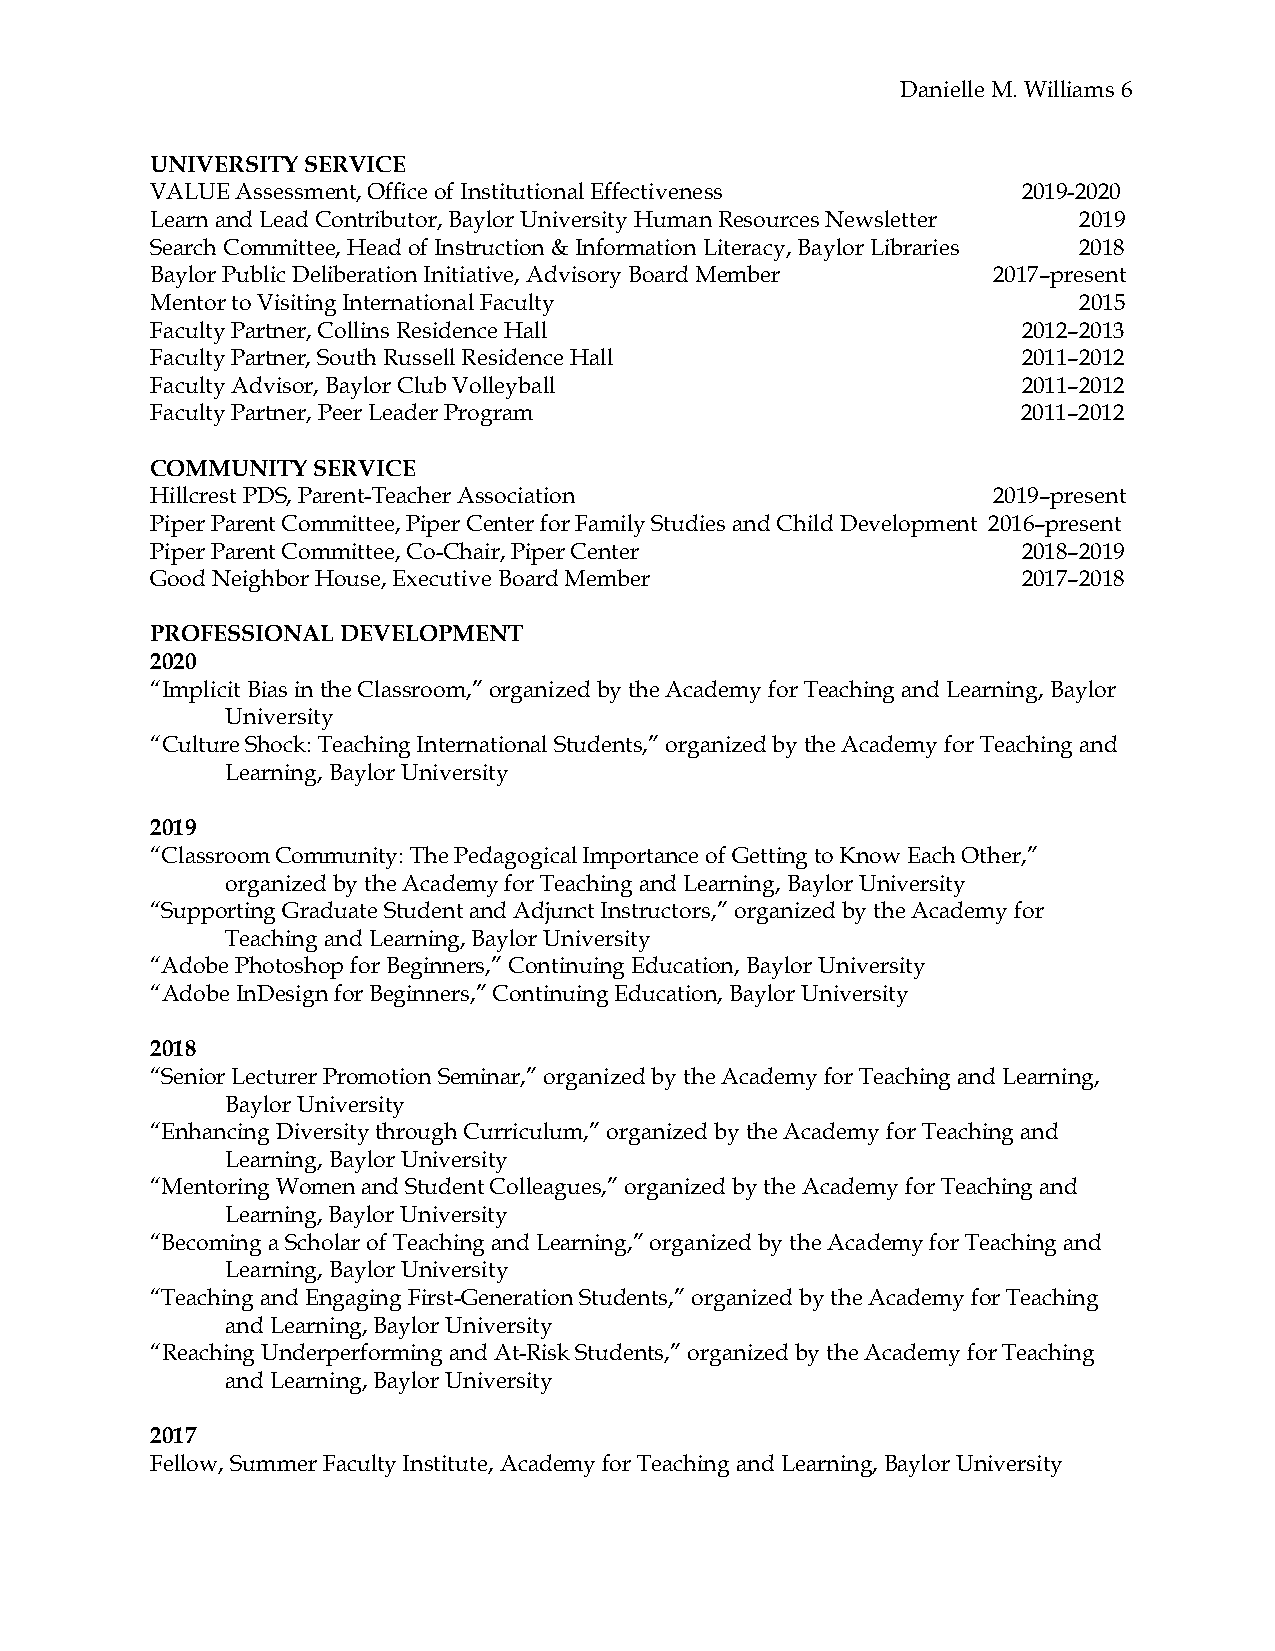
Danielle M. Williams 6
 UNIVERSITY SERVICE
 VALUE Assessment, Office of Institutional Effectiveness   2019-2020
 Learn and Lead Contributor, Baylor University Human Resources Newsletter 2019
 Search Committee, Head of Instruction & Information Literacy, Baylor Libraries 2018
 Baylor Public Deliberation Initiative, Advisory Board Member 2017–present
 Mentor to Visiting International Faculty                     2015
 Faculty Partner, Collins Residence Hall                   2012–2013
 Faculty Partner, South Russell Residence Hall             2011–2012
 Faculty Advisor, Baylor Club Volleyball                   2011–2012
 Faculty Partner, Peer Leader Program                      2011–2012
 COMMUNITY  SERVICE
 Hillcrest PDS, Parent-Teacher Association               2019–present
 Piper Parent Committee, Piper Center for Family Studies and Child Development 2016–present
 Piper Parent Committee, Co-Chair, Piper Center            2018–2019
 Good Neighbor House, Executive Board Member               2017–2018
 PROFESSIONAL DEVELOPMENT
 2020
 “Implicit Bias in the Classroom,” organized by the Academy for Teaching and Learning, Baylor
 University
 “Culture Shock: Teaching International Students,” organized by the Academy for Teaching and
 Learning, Baylor University
 2019
 “Classroom Community: The Pedagogical Importance of Getting to Know Each Other,”
 organized by the Academy for Teaching and Learning, Baylor University
 “Supporting Graduate Student and Adjunct Instructors,” organized by the Academy for
 Teaching and Learning, Baylor University
 “Adobe Photoshop for Beginners,” Continuing Education, Baylor University
 “Adobe InDesign for Beginners,” Continuing Education, Baylor University
 2018
 “Senior Lecturer Promotion Seminar,” organized by the Academy for Teaching and Learning,
 Baylor University
 “Enhancing Diversity through Curriculum,” organized by the Academy for Teaching and
 Learning, Baylor University
 “Mentoring Women and Student Colleagues,” organized by the Academy for Teaching and
 Learning, Baylor University
 “Becoming a Scholar of Teaching and Learning,” organized by the Academy for Teaching and
 Learning, Baylor University
 “Teaching and Engaging First-Generation Students,” organized by the Academy for Teaching
 and Learning, Baylor University
 “Reaching Underperforming and At-Risk Students,” organized by the Academy for Teaching
 and Learning, Baylor University
 2017
 Fellow, Summer Faculty Institute, Academy for Teaching and Learning, Baylor University